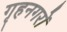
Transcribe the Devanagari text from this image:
गृहनगरों